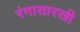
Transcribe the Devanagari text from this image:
रंगासारखी